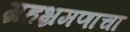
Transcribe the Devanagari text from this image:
ग्रहभ्रमणाचा